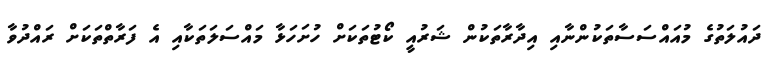
ދައުލަތުގެ މުއައްސަސާތަކުންނާއި އިދާރާތަކުން ޝަރުއީ ކޯޓުތަކަށް ހުށަހަޅާ މައްސަލަތަކާއި އެ ފަރާތްތަކަށް ރައްދުވާ